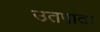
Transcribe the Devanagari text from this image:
उतपात।